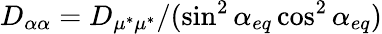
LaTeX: D_{\alpha\alpha}={D_{\mu^{*}\mu^{*}}}/({\sin^{2}\alpha_{eq}\cos^{2}\alpha_{eq}})